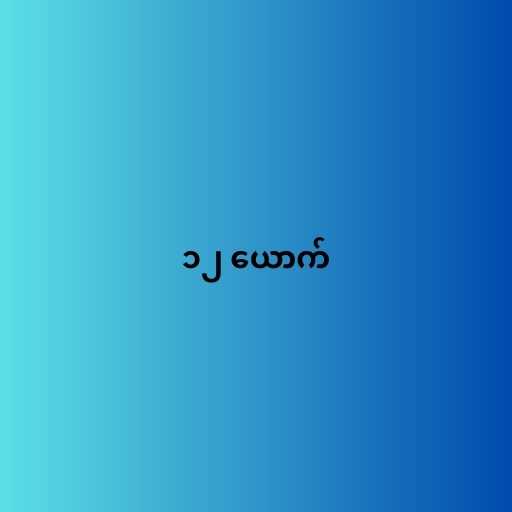
၁၂ ယောက်